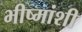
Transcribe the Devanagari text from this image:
भीष्मांशी